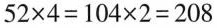
$$5 2 \times 4 = 1 0 4 \times 2 = 2 0 8$$